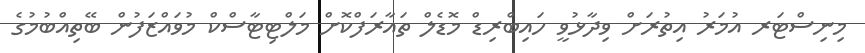
މިނިސްޓަރ އުމަރު އިތުރަށް ވިދާޅުވީ ހައިބްރިޑް މޮޑެލް ތައާރަފްކޮށް މަލްޓިޓާސްކް މުވައްޒަފުން ބޭތިއްބުމުގެ